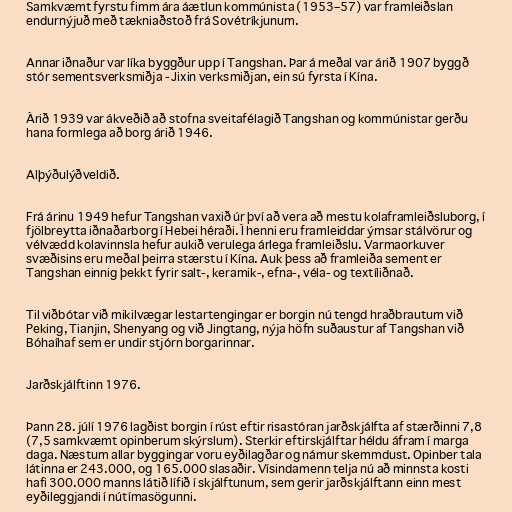
Samkvæmt fyrstu fimm ára áætlun kommúnista (1953–57) var framleiðslan
endurnýjuð með tækniaðstoð frá Sovétríkjunum.

Annar iðnaður var líka byggður upp í Tangshan. Þar á meðal var árið 1907 byggð
stór sementsverksmiðja - Jixin verksmiðjan, ein sú fyrsta í Kína.

Árið 1939 var ákveðið að stofna sveitafélagið Tangshan og kommúnistar gerðu
hana formlega að borg árið 1946.

Alþýðulýðveldið.

Frá árinu 1949 hefur Tangshan vaxið úr því að vera að mestu kolaframleiðsluborg, í
fjölbreytta iðnaðarborg í Hebei héraði. Í henni eru framleiddar ýmsar stálvörur og
vélvædd kolavinnsla hefur aukið verulega árlega framleiðslu. Varmaorkuver
svæðisins eru meðal þeirra stærstu í Kína. Auk þess að framleiða sement er
Tangshan einnig þekkt fyrir salt-, keramik-, efna-, véla- og textíliðnað.

Til viðbótar við mikilvægar lestartengingar er borgin nú tengd hraðbrautum við
Peking, Tianjin, Shenyang og við Jingtang, nýja höfn suðaustur af Tangshan við
Bóhaíhaf sem er undir stjórn borgarinnar.

Jarðskjálftinn 1976.

Þann 28. júlí 1976 lagðist borgin í rúst eftir risastóran jarðskjálfta af stærðinni 7,8
(7,5 samkvæmt opinberum skýrslum). Sterkir eftirskjálftar héldu áfram í marga
daga. Næstum allar byggingar voru eyðilagðar og námur skemmdust. Opinber tala
látinna er 243.000, og 165.000 slasaðir. Vísindamenn telja nú að minnsta kosti
hafi 300.000 manns látið lífið í skjálftunum, sem gerir jarðskjálftann einn mest
eyðileggjandi í nútímasögunni.